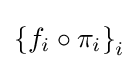
\left\{f_{i}\circ \pi _{i}\right\}_{i}